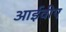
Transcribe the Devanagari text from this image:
आईवीए